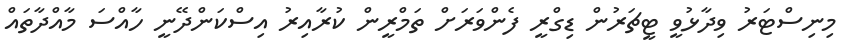
މިނިސްޓަރު ވިދާޅުވީ ޓީޗަރުން ޑިގްރީ ފެންވަރަށް ތަމްރީން ކުރާއިރު އިސްކަންދޭނީ ހާއްސަ މާއްދާތައް